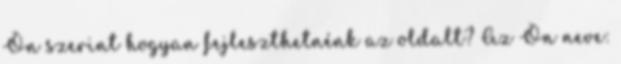
Ön szerint hogyan fejleszthetnénk az oldalt? Az Ön neve: